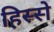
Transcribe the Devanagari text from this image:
हिस्‍स्‍ो